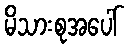
မိသားစုအပေါ်